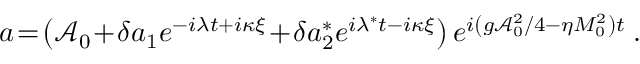
a \! = \! \left( \mathcal { A } _ { 0 } \! + \! \delta a _ { 1 } e ^ { - i \lambda t + i \kappa \xi } \! + \! \delta a _ { 2 } ^ { * } e ^ { i \lambda ^ { * } t - i \kappa \xi } \right) e ^ { { i \left( { g \mathcal { A } _ { 0 } ^ { 2 } } / { 4 } - \eta M _ { 0 } ^ { 2 } \right) t } } \: .